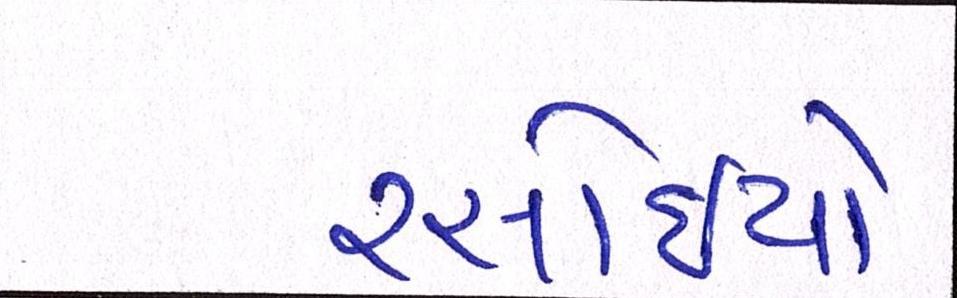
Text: રસોઈયો